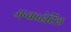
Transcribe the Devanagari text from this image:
अन्कव्हेटिल